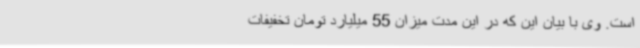
است. وی با بیان این که در این مدت میزان 55 میلیارد تومان تخفیفات